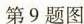
第9题图